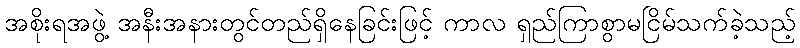
အစိုးရအဖွဲ့ အနီးအနားတွင်တည်ရှိနေခြင်းဖြင့် ကာလ ရှည်ကြာစွာမငြိမ်သက်ခဲ့သည့်